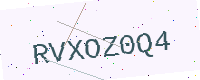
Text: RVXOZ0Q4